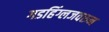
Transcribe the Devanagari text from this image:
गडहिंग्लजवरुन